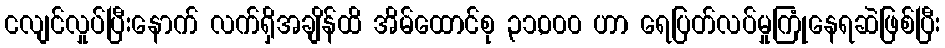
ငလျင်လှုပ်ပြီးနောက် လက်ရှိအချိန်ထိ အိမ်ထောင်စု ၃၁,၀၀၀ ဟာ ရေပြတ်လပ်မှုကြုံနေရဆဲဖြစ်ပြီး